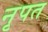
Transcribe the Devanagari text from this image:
नृपत